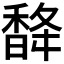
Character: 𮩨